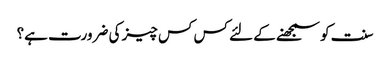
سنت کو سمجھنے کے لئے کس کس چیز کی ضرورت ہے؟